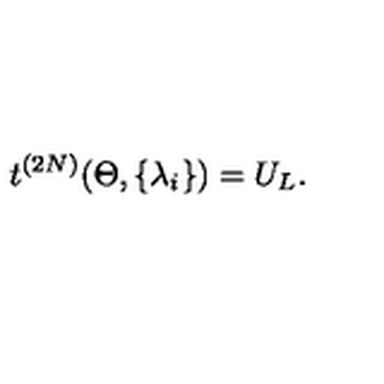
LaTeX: t ^ { ( 2 N ) } ( \Theta , \{ \lambda _ { i } \} ) = U _ { L } .